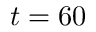
t = 6 0